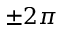
\pm 2 \pi